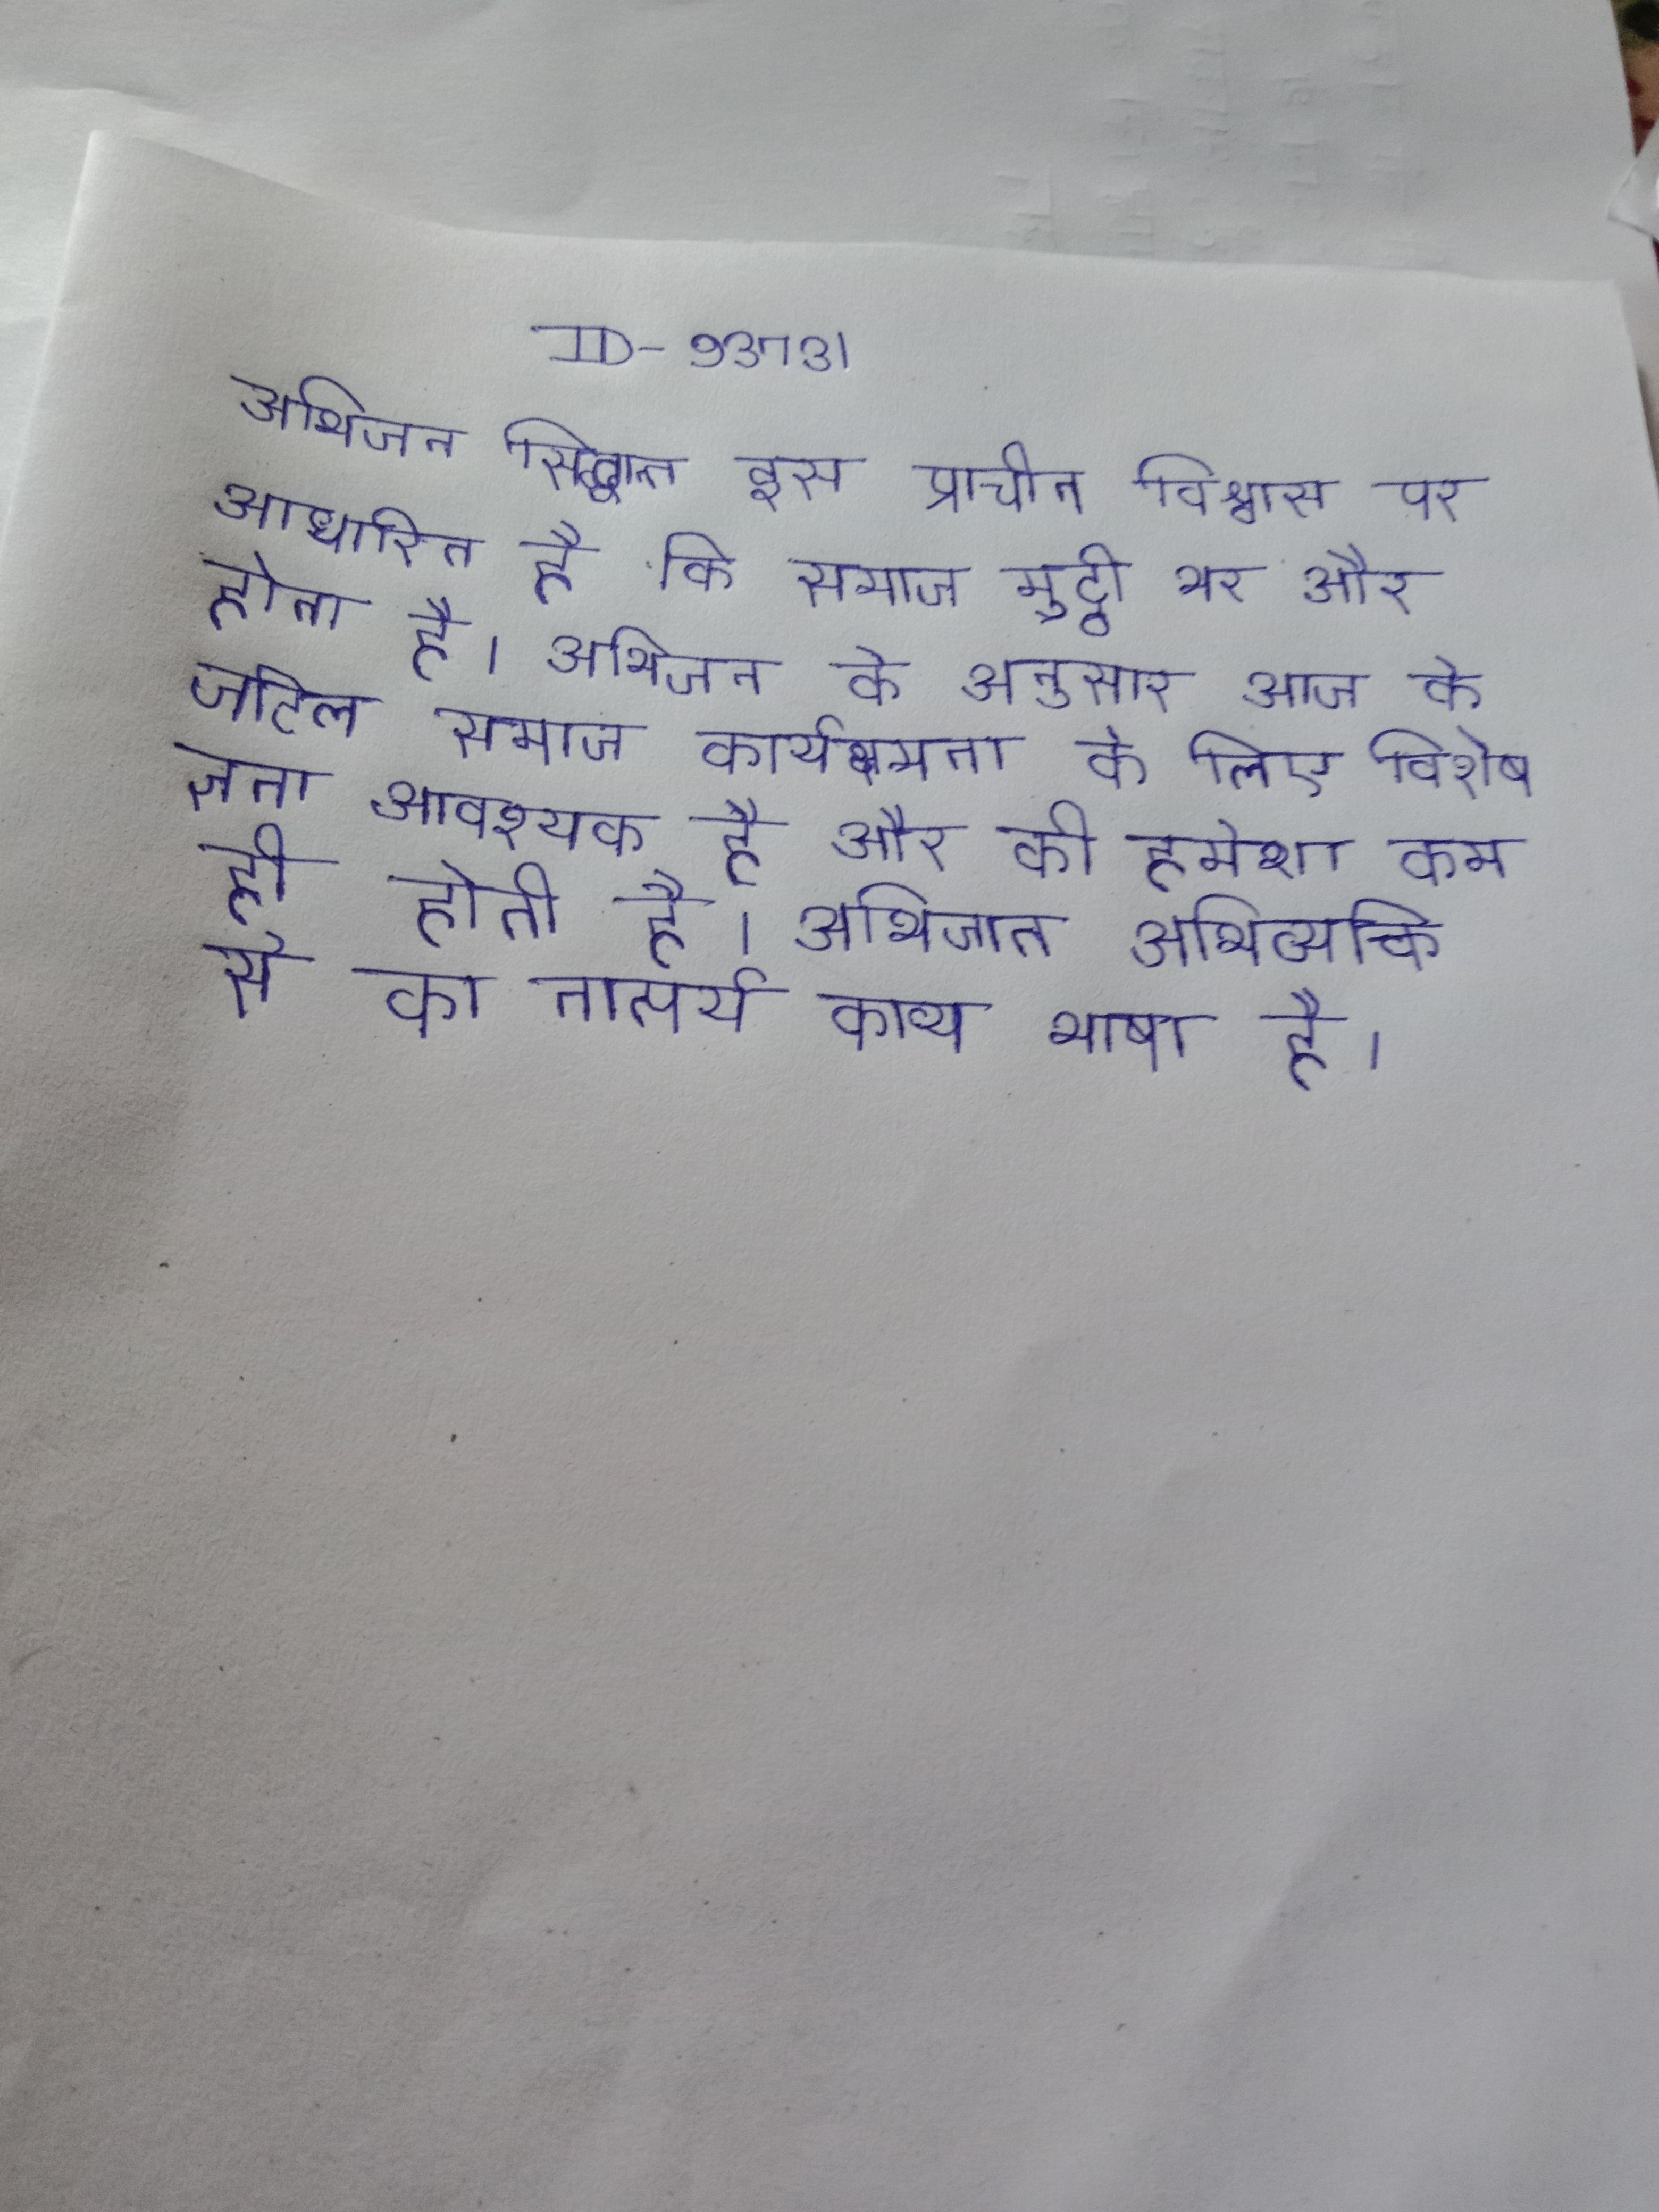
अभिजन सिद्धान्त इस प्राचीन विश्वास पर आधारित है कि समाज मुट्ठी भर और होता है । अभिजन के अनुसार आज के जटिल समाज कार्यक्षमता के लिए विशेषज्ञता आवश्यक है और की हमेशा कम ही होती है । अभिजात अभिव्यक्ति से का तात्पर्य काव्य भाषा है ।